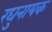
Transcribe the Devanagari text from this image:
रघुनायक